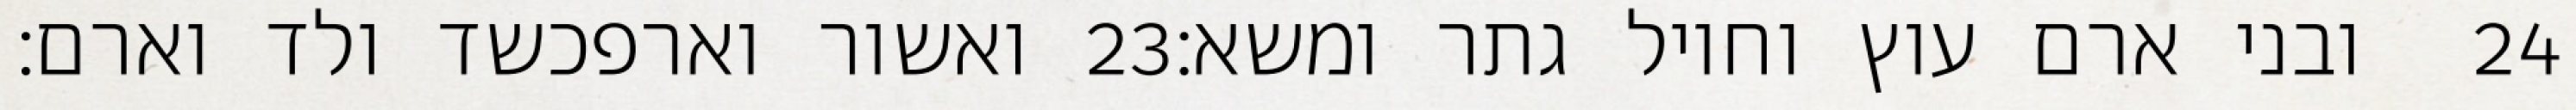
ואשור וארפכשד ולד וארם׃ ‎23‏ ובני ארם עוץ וחויל גתר ומשא׃ ‎24‏